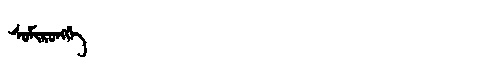
Manchu: ᠰᠣᠮᡳᡵᠣᠩᡤᡝ
Romanization: SOMIRONGGE